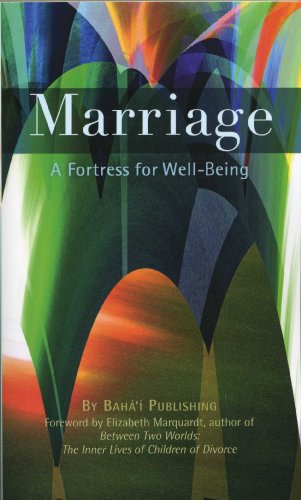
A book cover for Marriage: A Fortress for Well-Being; Baha'i Publishing; Religion & Spirituality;